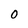
Character: O